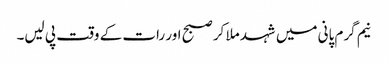
نیم گرم پانی میں شہد ملا کر صبح اور رات کے وقت پی لیں۔